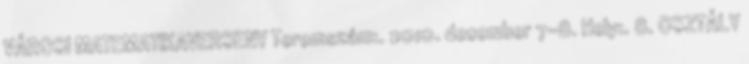
VÁROSI MATEMATIKAVERSENY Teremszám:. 2010. december 7-8. Hely:. 8. OSZTÁLY